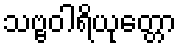
သဗ္ဗဝါရိယုတ္တော